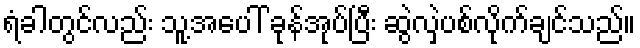
ရံခါတွင်လည်း သူ့အပေါ် ခုန်အုပ်ပြီး ဆွဲလှဲပစ်လိုက်ချင်သည်။